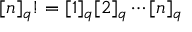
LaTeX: [ n ] _ { q } ! = [ 1 ] _ { q } [ 2 ] _ { q } \cdots [ n ] _ { q }